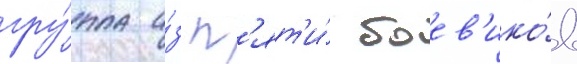
гру́ппа и́з п'ят'и́ боев'ико́в